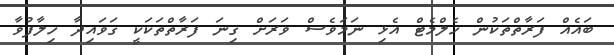
ބައެއް ފަރާތްތަކުން ހެލްމެެޓް އެޅި ނަމަވެސް ވަރަށް ގިނަ ފަރާތްތަކަކީ ގަވައިދާ ހިލާފުވާ